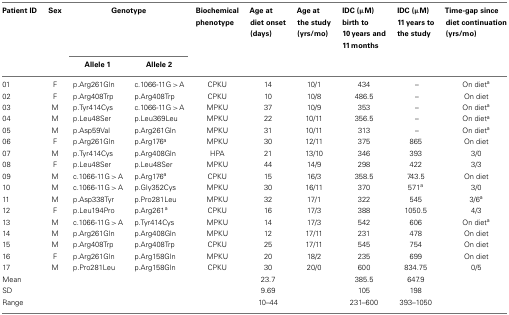
<table><thead><tr><td><b>Patient ID</b></td><td><b>Sex</b></td><td colspan="2"><b>Genotype</b></td><td><b>Biochemical phenotype</b></td><td><b>Age at diet onset (days)</b></td><td><b>Age at the study (yrs/mo)</b></td><td><b>IDC (μM) birth to 10 years and 11 months</b></td><td><b>IDC (μM) 11 years to the study</b></td><td><b>Time-gap since diet continuation (yrs/mo)</b></td></tr><tr><td></td><td></td><td><b>Allele 1</b></td><td><b>Allele 2</b></td><td></td></tr></thead><tbody><tr><td>01</td><td>F</td><td>p.Arg261Gln</td><td>c.1066-11G &gt; A</td><td>CPKU</td><td>14</td><td>10/1</td><td>434</td><td>–</td><td>On diet<sup>a</sup></td></tr><tr><td>02</td><td>F</td><td>p.Arg408Trp</td><td>p.Arg408Trp</td><td>CPKU</td><td>10</td><td>10/8</td><td>486.5</td><td>–</td><td>On diet</td></tr><tr><td>03</td><td>M</td><td>p.Tyr414Cys</td><td>c.1066-11G &gt; A</td><td>MPKU</td><td>37</td><td>10/9</td><td>353</td><td>–</td><td>On diet<sup>a</sup></td></tr><tr><td>04</td><td>M</td><td>p.Leu48Ser</td><td>p.Leu369Leu</td><td>MPKU</td><td>22</td><td>10/11</td><td>356.5</td><td>–</td><td>On diet<sup>a</sup></td></tr><tr><td>05</td><td>M</td><td>p.Asp59Val</td><td>p.Arg261Gln</td><td>MPKU</td><td>31</td><td>10/11</td><td>313</td><td>–</td><td>On diet<sup>a</sup></td></tr><tr><td>06</td><td>F</td><td>p.Arg261Gln</td><td>p.Arg176<sup>a</sup></td><td>MPKU</td><td>30</td><td>12/11</td><td>375</td><td>865</td><td>On diet</td></tr><tr><td>07</td><td>M</td><td>p.Tyr414Cys</td><td>p.Arg408Gln</td><td>HPA</td><td>21</td><td>13/10</td><td>346</td><td>393</td><td>3/0</td></tr><tr><td>08</td><td>F</td><td>p.Leu48Ser</td><td>p.Leu48Ser</td><td>MPKU</td><td>44</td><td>14/9</td><td>298</td><td>422</td><td>3/3</td></tr><tr><td>09</td><td>M</td><td>c.1066-11G &gt; A</td><td>p.Arg176<sup>a</sup></td><td>CPKU</td><td>15</td><td>16/3</td><td>358.5</td><td>743.5</td><td>On diet</td></tr><tr><td>10</td><td>M</td><td>c.1066-11G &gt; A</td><td>p.Gly352Cys</td><td>MPKU</td><td>30</td><td>16/11</td><td>370</td><td>571<sup>a</sup></td><td>3/0</td></tr><tr><td>11</td><td>M</td><td>p.Asp338Tyr</td><td>p.Pro281Leu</td><td>MPKU</td><td>32</td><td>17/1</td><td>322</td><td>545</td><td>3/6<sup>a</sup></td></tr><tr><td>12</td><td>F</td><td>p.Leu194Pro</td><td>p.Arg261<sup>a</sup></td><td>CPKU</td><td>16</td><td>17/3</td><td>388</td><td>1050.5</td><td>4/3</td></tr><tr><td>13</td><td>M</td><td>c.1066-11G &gt; A</td><td>p.Tyr414Cys</td><td>MPKU</td><td>14</td><td>17/3</td><td>542</td><td>606</td><td>On diet<sup>a</sup></td></tr><tr><td>14</td><td>M</td><td>p.Arg261Gln</td><td>p.Arg408Gln</td><td>MPKU</td><td>12</td><td>17/11</td><td>231</td><td>478</td><td>On diet</td></tr><tr><td>15</td><td>M</td><td>p.Arg408Trp</td><td>p.Arg408Trp</td><td>CPKU</td><td>25</td><td>17/11</td><td>545</td><td>754</td><td>On diet</td></tr><tr><td>16</td><td>F</td><td>p.Arg261Gln</td><td>p.Arg158Gln</td><td>MPKU</td><td>20</td><td>18/2</td><td>235</td><td>699</td><td>On diet</td></tr><tr><td>17</td><td>M</td><td>p.Pro281Leu</td><td>p.Arg158Gln</td><td>CPKU</td><td>30</td><td>20/0</td><td>600</td><td>834.75</td><td>0/5</td></tr><tr><td>Mean</td><td></td><td></td><td></td><td></td><td>23.7</td><td></td><td>385.5</td><td>647.9</td><td></td></tr><tr><td>SD</td><td></td><td></td><td></td><td></td><td>9.69</td><td></td><td>105</td><td>198</td><td></td></tr><tr><td>Range</td><td></td><td></td><td></td><td></td><td>10–44</td><td></td><td>231–600</td><td>393–1050</td><td></td></tr></tbody></table>